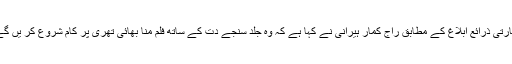
بھارتی ذرائع ابلاغ کے مطابق راج کمار ہیرانی نے کہا ہے کہ وہ جلد سنجے دت کے ساتھ فلم منا بھائی تھری پر کام شروع کر یں گے۔